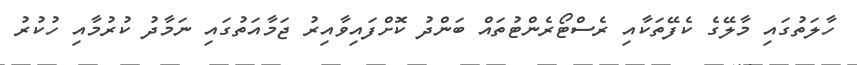
ހާލަތުގައި މާލޭގެ ކެފޭތަކާއި ރެސްޓޯރެންޓުތައް ބަންދު ކޮށްފައިވާއިރު ޖަމާއަތުގައި ނަމާދު ކުރުމާއި ހުކުރު